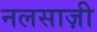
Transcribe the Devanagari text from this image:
नलसाज़ी